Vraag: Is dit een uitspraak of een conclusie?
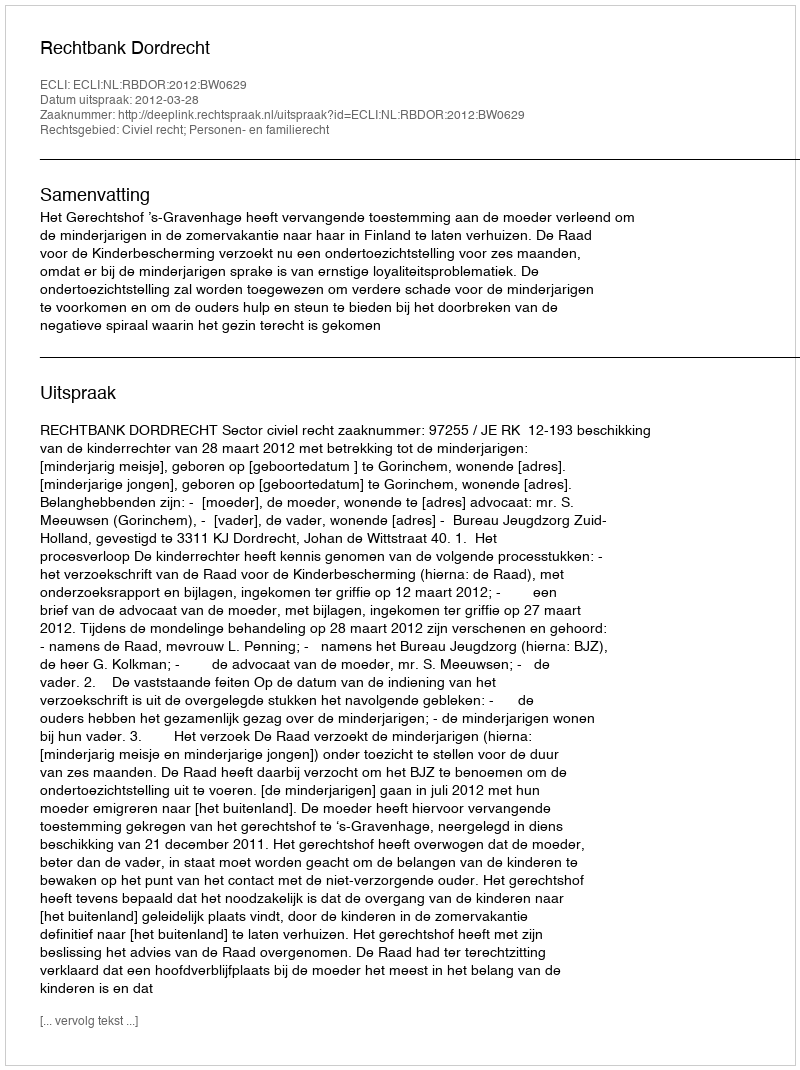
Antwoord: Uitspraak